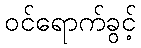
ဝင်ရောက်ခွင့်